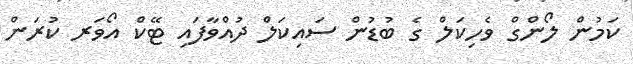
ކަމުން ލޯންގް ވެހިކަލް ގެ ބުޑުން ސައިކަލް ދުއްވާފައި ޓޭކް އޯވަރ ކުރަން